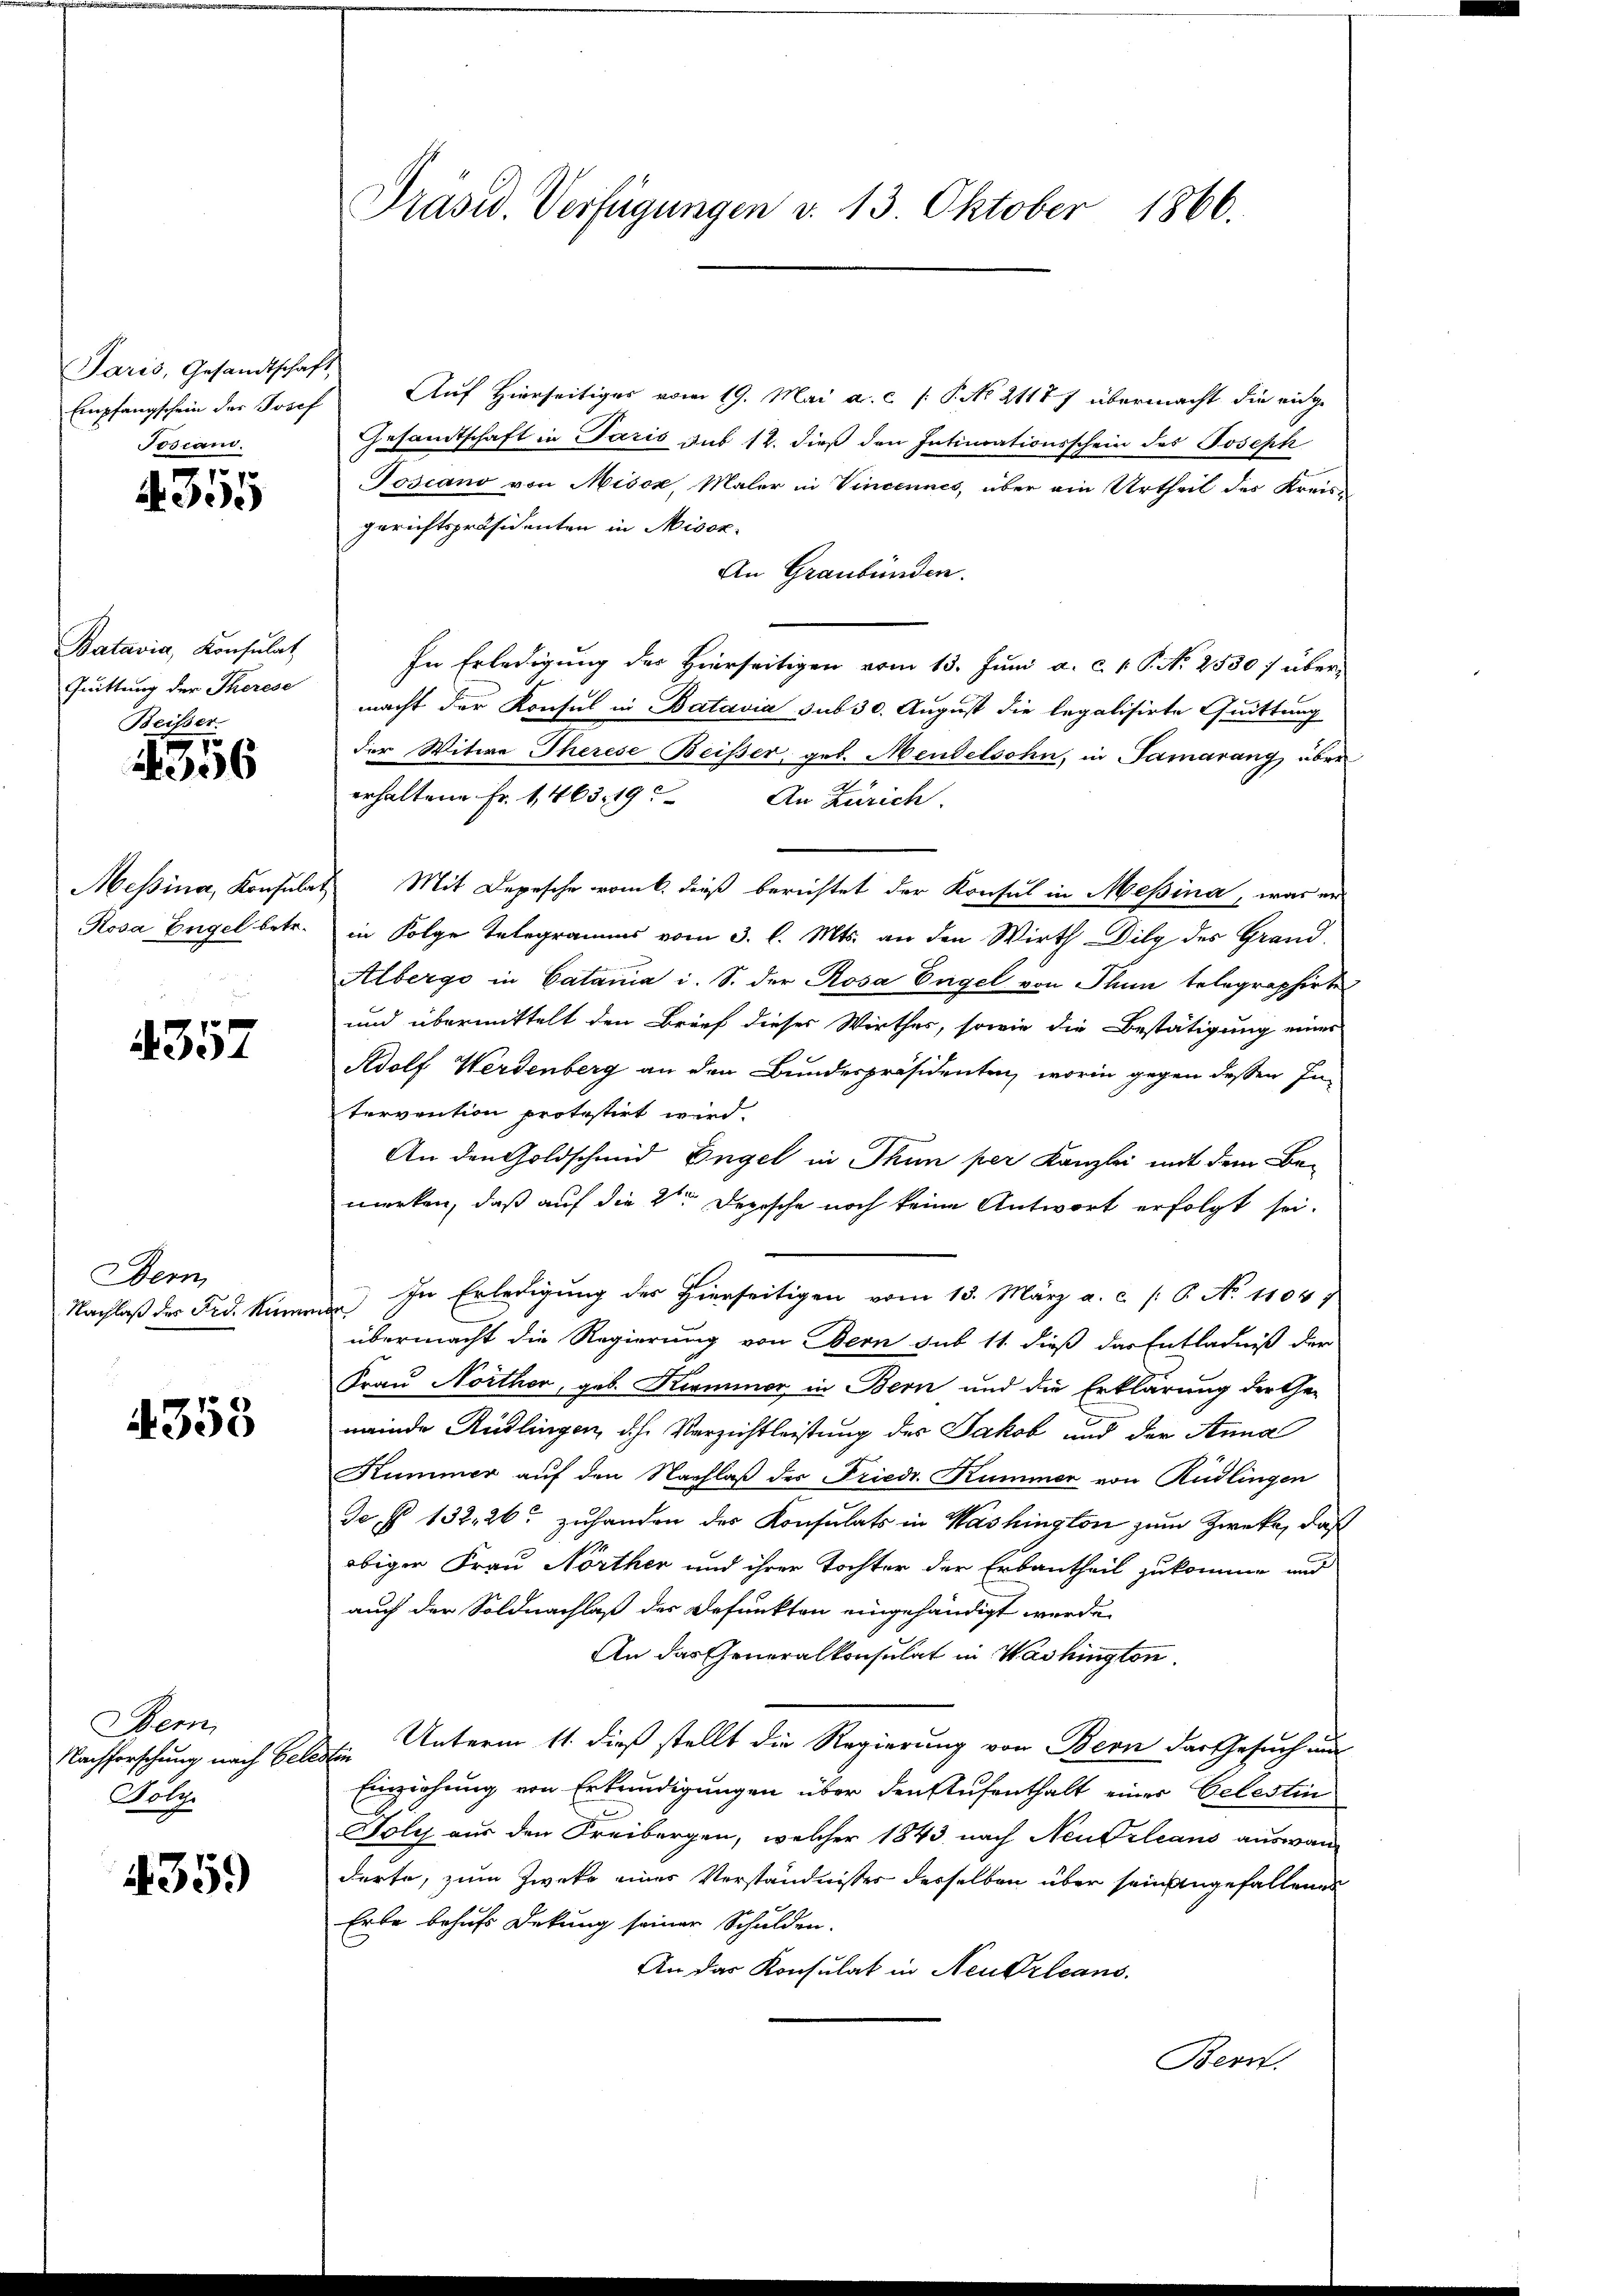
Paris, Gesandtschaft
Empfangschein der Josef
Toscani.

4355

Batavia, Konsulat
Quittung der Therese
Beißer

4356

Messina, Konsula

4357

Dern
Nachlaß der Frd. Nummer

353

Bem
Nachforschung nach Gele
Potr.

359

Auf Hierseitiges vom 19. Mai a.c. (: P. No. 21177 übermacht die eidge
Gesandtschaft in Paris sub 12. dieß den Intimationsschein des Joseph
Toscano von Misox, Maler in Vincennes, über ain Urtheil des Kreis-
gerichtspräsidenten in Missk
An Graubünden.
In Erledigung der Hierseitigen vom 13. Juni a. c. v. P. N. 2530 f über-
macht der Konsul in Batavia sub 30. August die legalisirte Quittung
der Witwe Therese Beiser, geb. Mendelsohn, in Samarang über
erhaltene Fr. 1463. 19. An Zürich.
 Mit Depesche vom 6. dieß berichtet der Konsul in Messina, was er
Rosa Engel betr. in Folge Telegramms vom 3. l. Mts. an den Wirth Dilg des Grand¬
Albergo in Catania i. S. der Rosa Engel von Thun telegraphirtes
und übermittelt den Brief dieser Wirthes, sowie die Bestätigung eines
Adolf Werdenberg an den Bundespräsidenten, worin gegen dessen Intervention protestirt wird.
An den Goldschmid Engel in Thun per Kanzlei mit dem Be-
merken, daß auf die 2ten Depesche noch keine Antwort erfolgt sei.
In Erledigung des Hierseitigen vom 13. März a. c. /: P. No 11047.
übermacht die Regierung von Bern sub 11. dieß das Entladniß der
Frau Northor, geb. Kammer in Bern und die Erklärung der Ge-
meinde Rüdlingen, dh. Verzichtleistung des Jakob und der Anna
Kummer auf den Nachlaß der Friedr. Kummer von Rüdlingen
De § 132, 26 zuhanden des Konsulats in Washington zum Zwecke, daß
obiger Frau Norther und ihrer Tochter der Erbantheil zukomme und
auch der Soldnachlaß der Defunkten eingehändigt werde,
An das Generalkonsulat in Washington
Unterm 11. dieß stellt die Regierung von Bern der Gesuch und
bhte
Einziehung von Erkundigungen über den Aufenthalt einer Gelestin
Foly aus den Freibergen, welcher 1843 nach Neudrleans auswanderte, zum Zweke eines Verständnisses derselben über sein angefallenes
Erbe behufs Dekung seiner Schulden.
An das Konsulat in Neukrleans
Bern.

Präsid. Verfügungen d. 13. Oktober 1866.